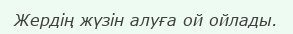
Жердің жүзін алуға ой ойлады.